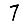
Digit: 7